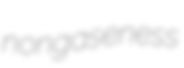
nongaseness